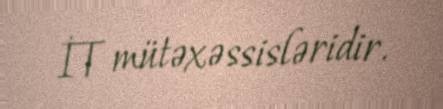
İT mütəxəssisləridir.